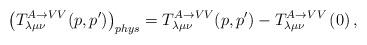
LaTeX: \begin{align*}\left( T_{\lambda \mu \nu }^{A\rightarrow VV}(p,p^{\prime })\right)_{phys}=T_{\lambda \mu \nu }^{A\rightarrow VV}(p,p^{\prime })-T_{\lambda \mu\nu }^{A\rightarrow VV}\left( 0\right) ,\end{align*}